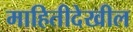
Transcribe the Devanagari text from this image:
माहितीदेखील